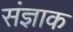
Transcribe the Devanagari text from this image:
संज्ञाक